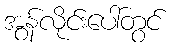
အွန်လိုင်းပေါ်တွင်